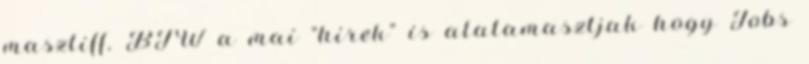
masztiff. BTW a mai “hirek” is alatamasztjak hogy Jobs